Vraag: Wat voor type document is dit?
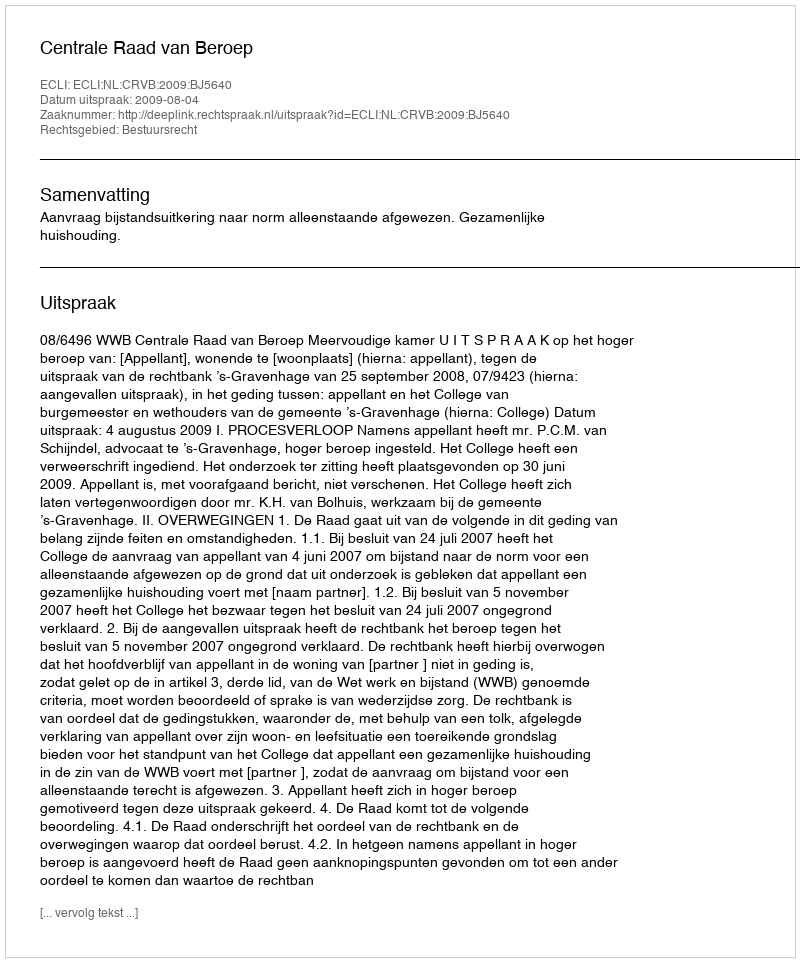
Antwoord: Uitspraak